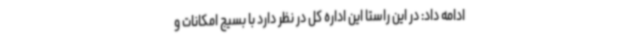
ادامه داد: در این راستا این اداره کل در نظر دارد با بسیج امکانات و